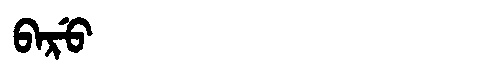
Manchu: ᠪᠠᡵᡠ
Romanization: BARU